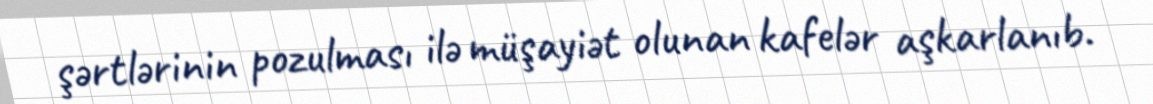
şərtlərinin pozulması ilə müşayiət olunan kafelər aşkarlanıb.